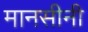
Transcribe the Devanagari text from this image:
मानसीनी